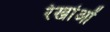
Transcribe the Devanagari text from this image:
रेखांओं